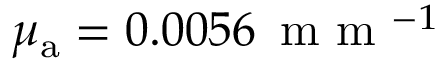
\mu _ { { \mathrm a } } = 0 . 0 0 5 6 \, \textrm { m m } ^ { - 1 }